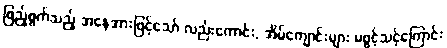
ဖြည့်စွက်သည့် အနေအားဖြင့်သော် လည်းကောင်း, အိမ်ကျောင်းများ မဖွင့်သင့်ကြောင်း